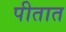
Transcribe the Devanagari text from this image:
पीतात